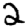
Digit: 2